Indian journal of veterinary science and animal husbandry - Volumes 18-21, 1948-1951
Year: 1948
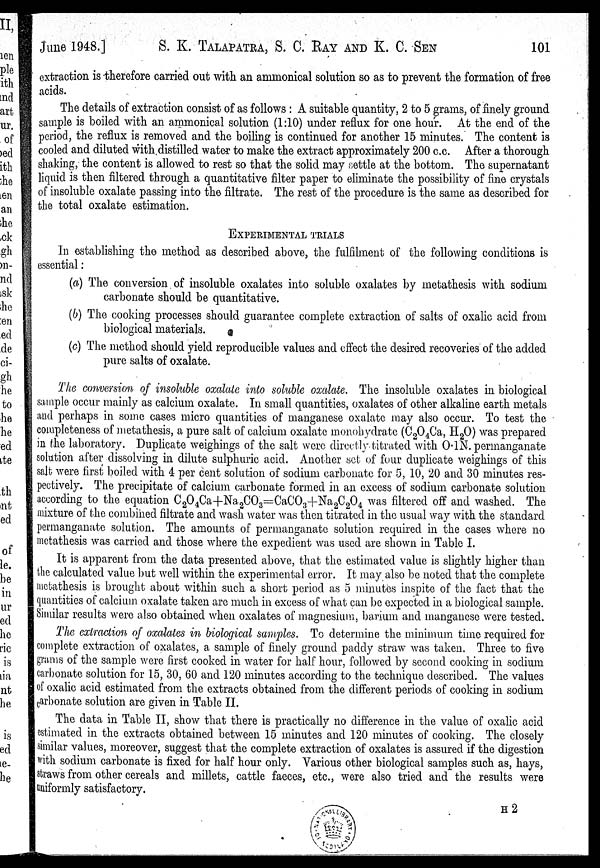
June 1948.]
S. K. TALAPATRA, S. C. BAY AND K. C. SEN 101
extraction is therefore carried out with an ammonical solution so as to prevent the formation of free
acids.
The details of extraction consist of as follows: A suitable quantity, 2 to 5 grams, of finely ground
sample is boiled with an ammonical solution (1:10) under reflux for one hour. At the end of the
period, the reflux is removed and the boiling is continued for another 15 minutes. The content is
cooled and diluted with distilled water to make the extract approximately 200 c.c. After a thorough
shaking, the content is allowed to rest so that the solid may settle at the bottom. The supernatant
liquid is then filtered through a quantitative filter paper to eliminate the possibility of fine crystals
of insoluble oxalate passing into the filtrate. The rest of the procedure is the same as described for
the total oxalate estimation.
EXPERIMENTAL TRIALS
In establishing the method as described above, the fulfilment of the following conditions is
essential:
(a) The conversion of insoluble oxalates into soluble oxalates by metathesis with sodium
carbonate should be quantitative.
(b) The cooking processes should guarantee complete extraction of salts of oxalic acid from
biological materials.
(c) The method should yield reproducible values and effect the desired recoveries of the added
pure salts of oxalate.
The conversion of insoluble oxalate into soluble oxalate. The insoluble oxalates in biological
sample occur mainly as calcium oxalate. In small quantities, oxalates of other alkaline earth metals
and perhaps in some cases micro quantities of manganese oxalate may also occur. To test the
completeness of metathesis, a pure salt of calcium oxalate monohydrate (C 2 O 4 Ca, H 2 O) was prepared
in the laboratory. Duplicate weighings of the salt were directly titrated with 0.1N. permanganate
solution after dissolving in dilute sulphuric acid. Another set of four duplicate weighings of this
salt were first boiled with 4 per cent solution of sodium carbonate for 5, 10, 20 and 30 minutes res-
pectively. The precipitate of calcium carbonate formed in an excess of sodium carbonate solution
according to the equation C 2 O 4 Ca+Na 2 CO 3 =CaCO 3 +Na 2 C 2 O 4 was filtered off and washed. The
mixture of the combined filtrate and wash water was then titrated in the usual way with the standard
permanganate solution. The amounts of permanganate solution required in the cases where no
metathesis was carried and those where the expedient was used are shown in Table I.
It is apparent from the data presented above, that the estimated value is slightly higher than
the calculated value but well within the experimental error. It may also be noted that the complete
metathesis is brought about within such a short period as 5 minutes inspite of the fact that the
quantities of calcium oxalate taken are much in excess of what can be expected in a biological sample.
Similar results were also obtained when oxalates of magnesium, barium and manganese were tested.
The extraction of oxalates in biological samples. To determine the minimum time required for
complete extraction of oxalates, a sample of finely ground paddy straw was taken. Three to five
grams of the sample were first cooked in water for half hour, followed by second cooking in sodium
carbonate solution for 15, 30, 60 and 120 minutes according to the technique described. The values
of oxalic acid estimated from the extracts obtained from the different periods of cooking in sodium
carbonate solution are given in Table II.
The data in Table II, show that there is practically no difference in the value of oxalic acid
estimated in the extracts obtained between 15 minutes and 120 minutes of cooking. The closely
similar values, moreover, suggest that the complete extraction of oxalates is assured if the digestion
with sodium carbonate is fixed for half hour only. Various other biological samples such as, hays,
straws from other cereals and millets, cattle faeces, etc., were also tried and the results were
uniformly satisfactory.
H2